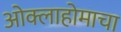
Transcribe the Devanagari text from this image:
ओक्लाहोमाचा